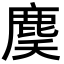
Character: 䴠